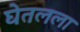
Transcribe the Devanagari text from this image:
घेतलला